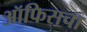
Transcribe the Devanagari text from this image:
ऑफिसचा